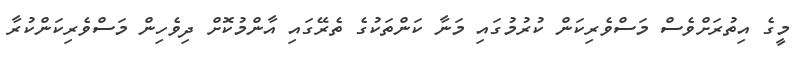
މީގެ އިތުރަށްވެސް މަސްވެރިކަން ކުރުމުގައި މަނާ ކަންތަކުގެ ތެރޭގައި އާންމުކޮށް ދިވެހިން މަސްވެރިކަންކުރާ